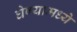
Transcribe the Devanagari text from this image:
घेण्यामध्ये